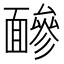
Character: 𩈼